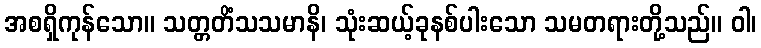
အစရှိကုန်သော။ သတ္တတိံသသမာနိ၊ သုံးဆယ့်ခုနစ်ပါးသော သမတရားတို့သည်။ ဝါ၊